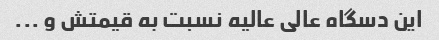
این دسگاه عالی عالیه نسبت به قیمتش و ...